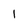
Character: I